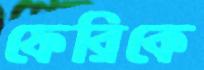
ফেরিকে